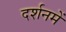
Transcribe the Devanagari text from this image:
दर्शनमें